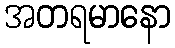
အတရမာနော